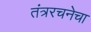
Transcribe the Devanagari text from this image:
तंत्ररचनेचा